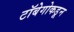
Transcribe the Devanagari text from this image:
टॉबेगोकडून